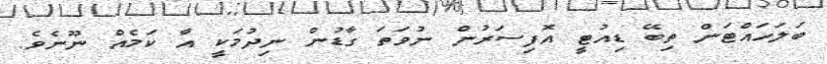
ބަލަހައްޓަން ތިބޭ ޑިއުޓީ އޮފިސަރުން ނުވަތަ ގާޑުން ނިދުމަކީ އާ ކަމެއް ނޫނެވެ.